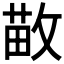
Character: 𫿁